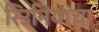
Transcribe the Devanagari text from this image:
रिउनियाचा